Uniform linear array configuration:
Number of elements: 32
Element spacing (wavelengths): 0.75
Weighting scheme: exponential
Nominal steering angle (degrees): -60
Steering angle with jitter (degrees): -60.533
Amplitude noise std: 0.05
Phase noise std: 0.05

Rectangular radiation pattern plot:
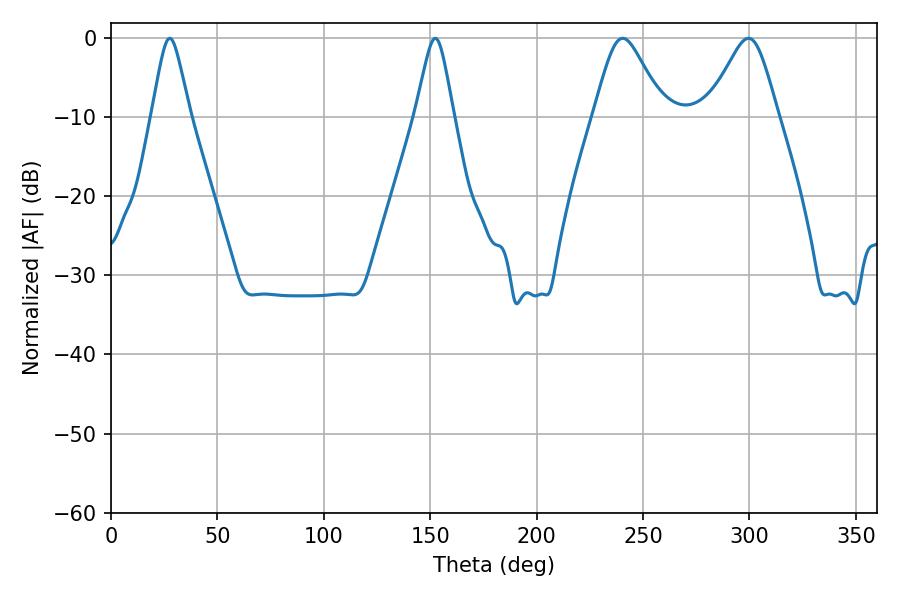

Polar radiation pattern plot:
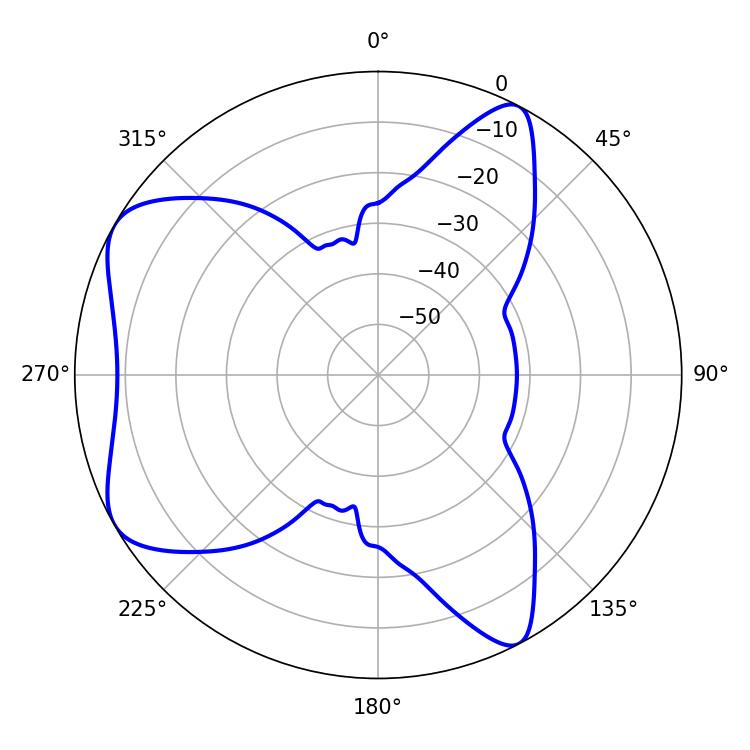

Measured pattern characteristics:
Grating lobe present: TRUE
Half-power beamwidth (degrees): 15.84
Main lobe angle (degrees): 240.48